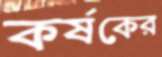
কর্ষকের